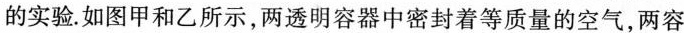
的实验.如图甲和乙所示，两透明容器中密封着等质量的空气，两容